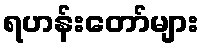
ရဟန်းတော်များ